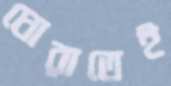
ঘোরাতেই